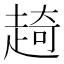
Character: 𧼘